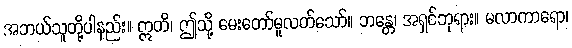
အဘယ်သူတို့ပါနည်း။ ဣတိ၊ ဤသို့ မေးတော်မူလတ်သော်။ ဘန္တေ၊ အရှင်ဘုရား။ မလာကာရော၊